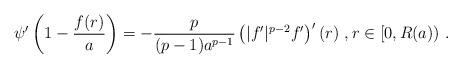
LaTeX: \begin{align*}\psi'\left( 1 - \frac{f(r)}{a} \right) = - \frac{p}{(p-1) a^{p-1}}\left( |f'|^{p-2} f' \right)'(r)\ , r\in [0,R(a))\ .\end{align*}